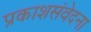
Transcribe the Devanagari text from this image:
प्रकाशसंवेदना